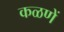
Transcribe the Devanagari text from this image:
कळणें